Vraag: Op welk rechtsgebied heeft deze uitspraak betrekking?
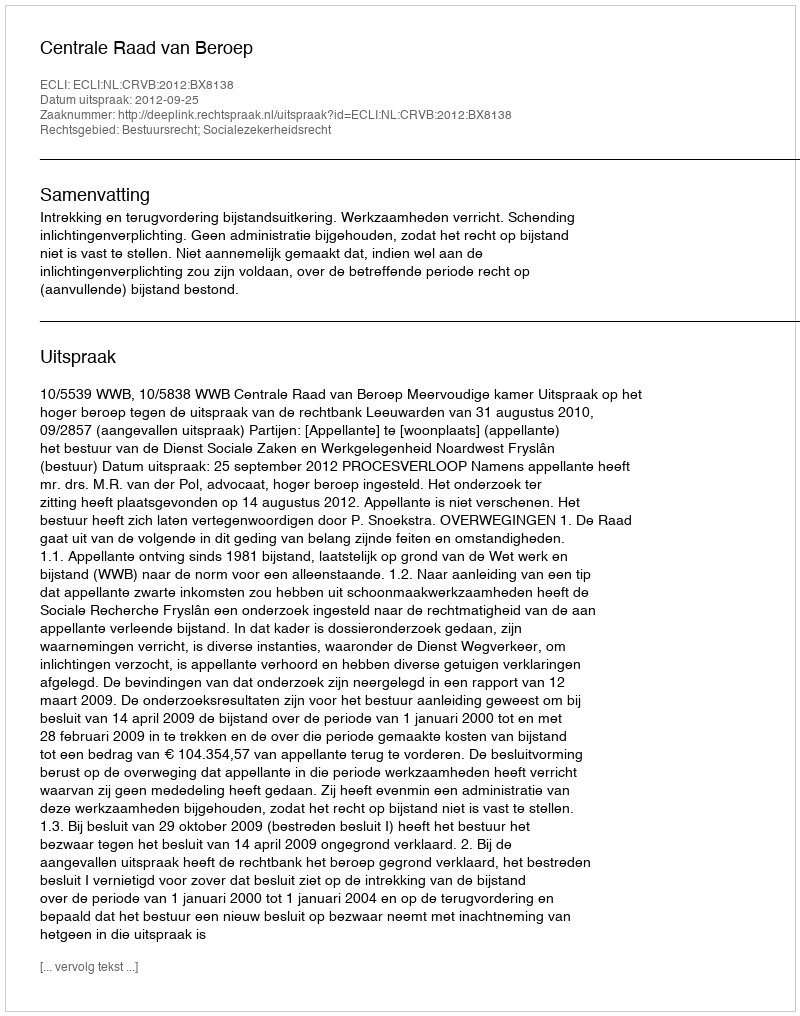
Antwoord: Bestuursrecht; Socialezekerheidsrecht